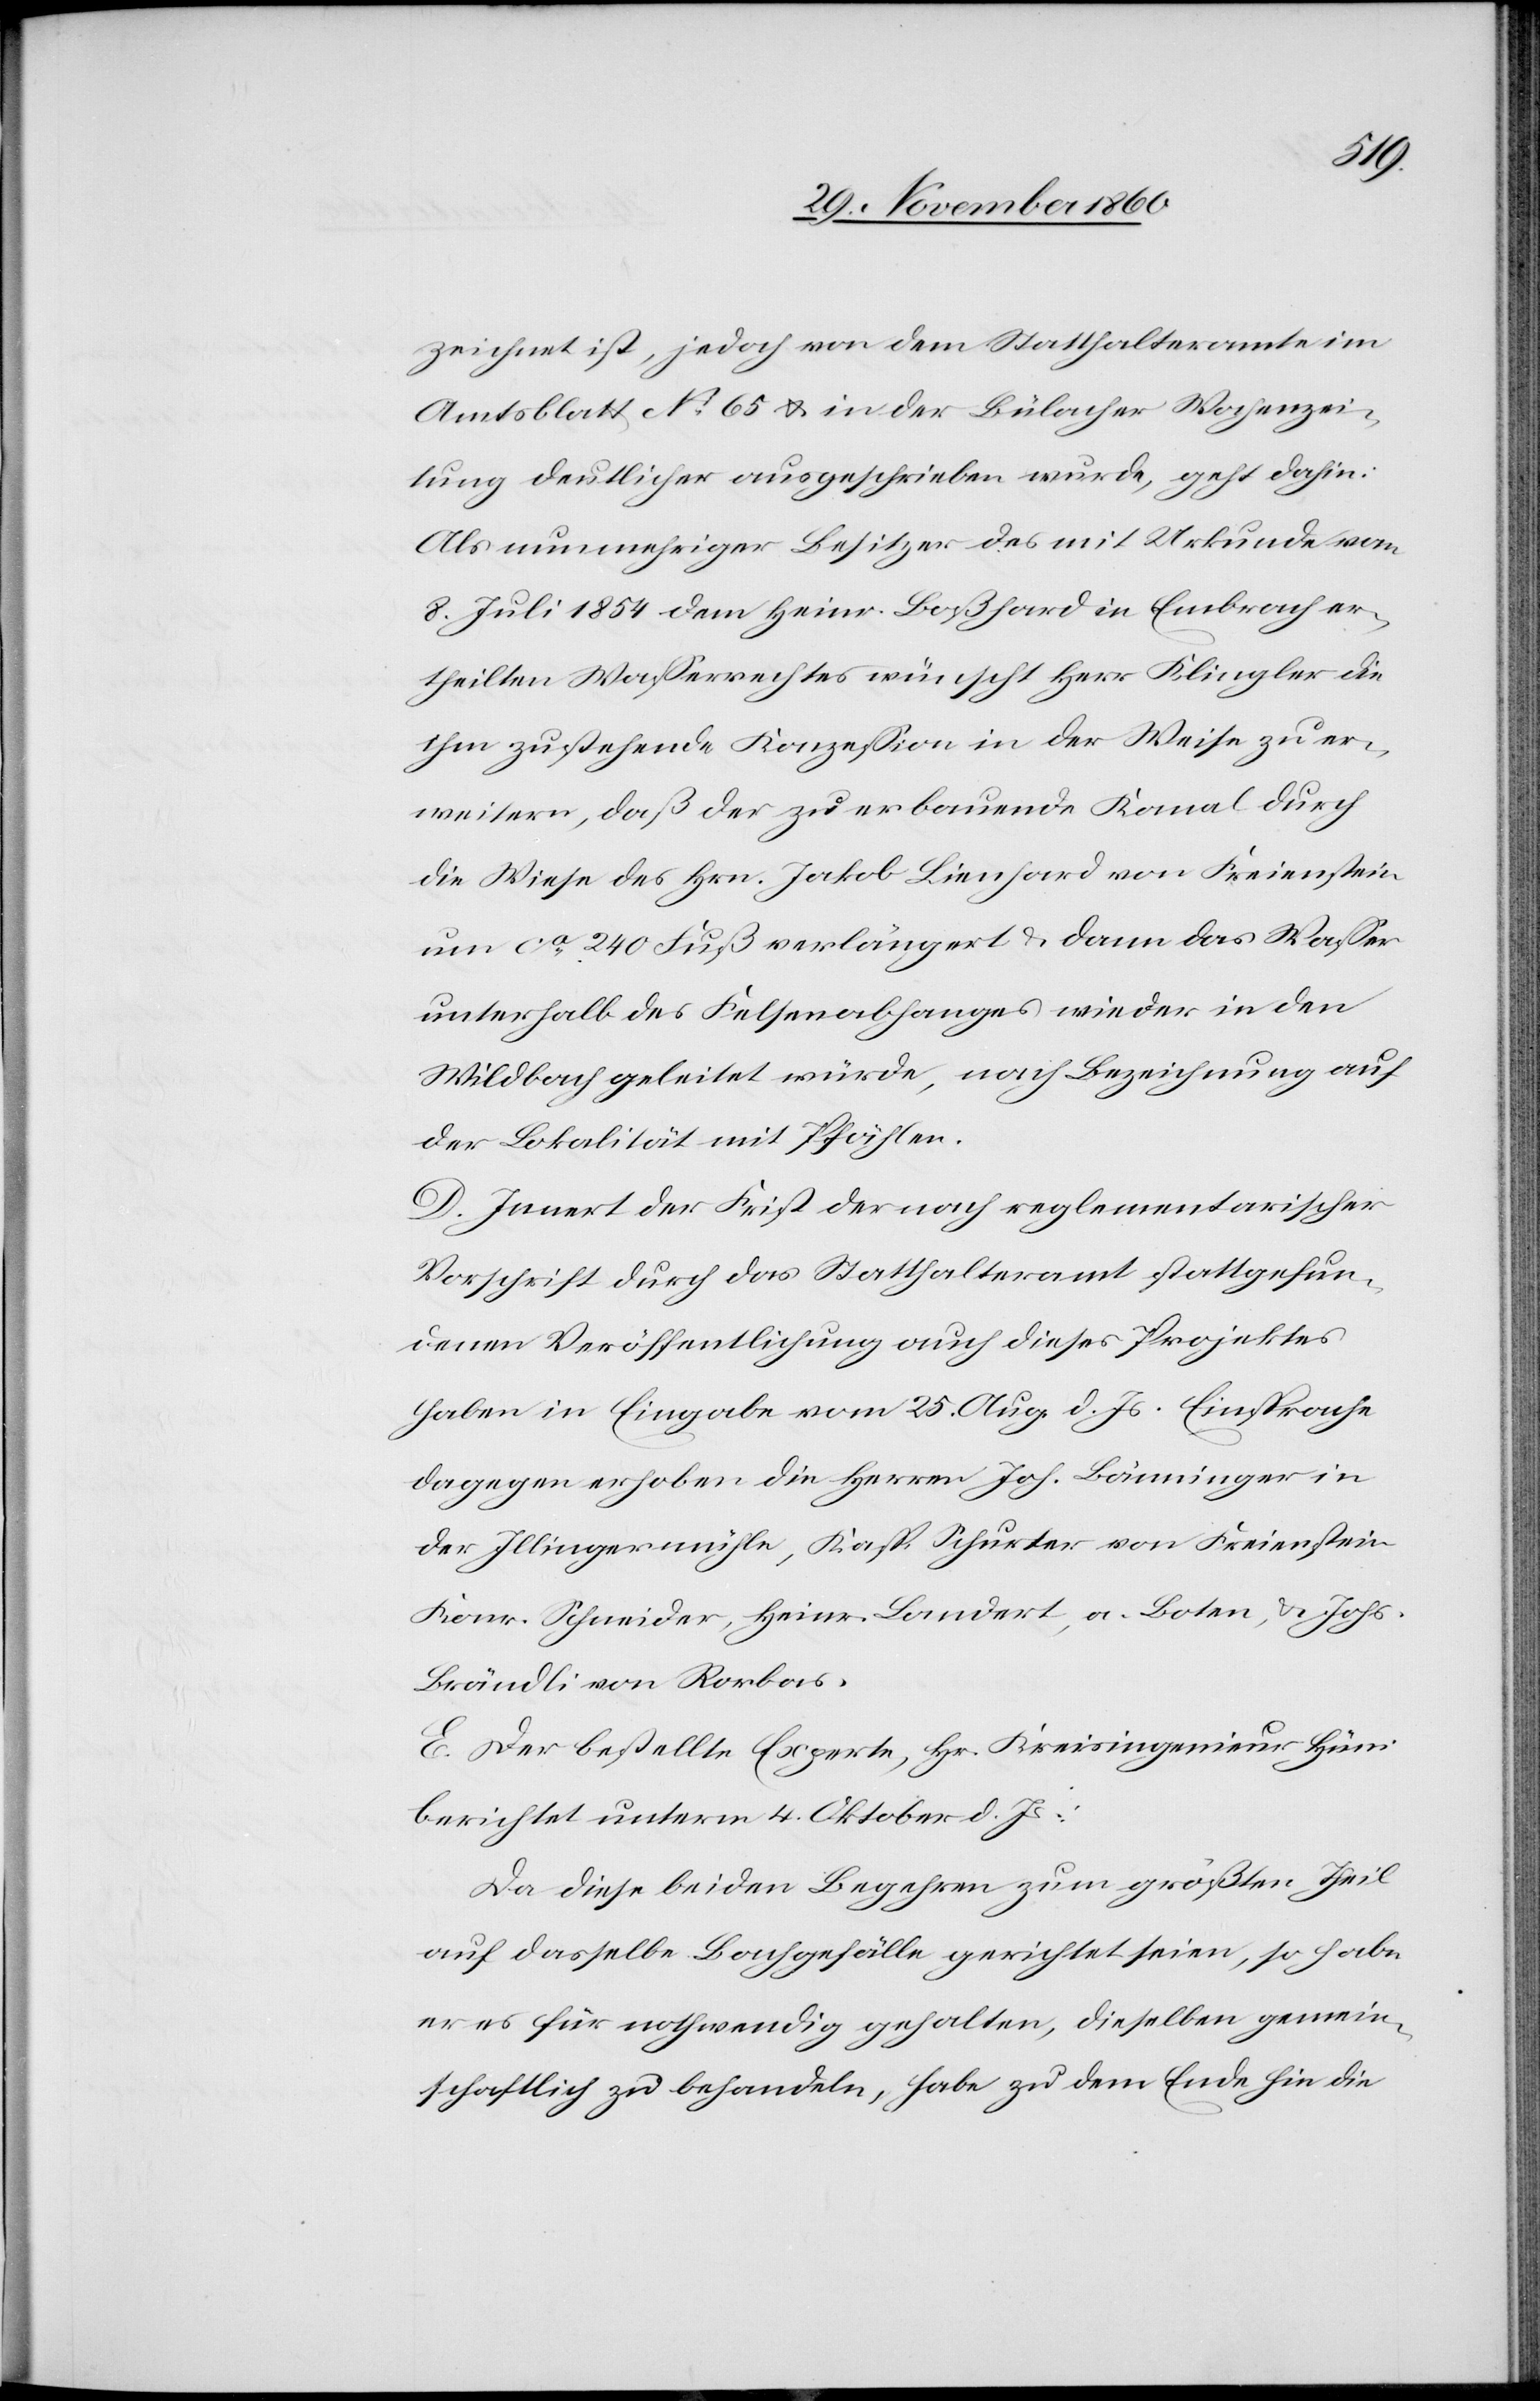
zeichnet ist, jedoch von dem Statthalteramte im
Amtsblatt No 65 u. in der Bülacher Wochenzei¬
tung deutlicher ausgeschrieben wurde, geht dahin:
Als nunmehriger Besitzer des mit Urkunde vom
8. Juli 1854 dem Heinr. Boßhard in Embrach er¬
theilten Wasserrechtes wünscht Herr Klingler die
ihm zustehende Konzession in der Weise zu er¬
weitern, daß der zu erbauende Kanal durch
die Wiese des Hrn. Jakob Lienhard von Freienstein
um ca 240 Fuß verlängert u. dann das Wasser
unterhalb des Felsenabhanges wieder in den
Wildbach geleitet würde, nach Bezeichnung auf
der Lokalität mit Pfählen.
C. Innert der Frist der nach reglementarischer
Vorschrift durch das Statthalteramt stattgefun¬
denen Veröffentlichung auch dieses Projektes
haben in Eingabe vom 25. Aug. d. Js. Einsprache
dagegen erhoben die Herren Joh. Bänninger in
der Illingermühle, Kasp. Schurter von Freienstein[,]
Konr. Schneider, Heinr. Landert, a. Boten, u. Johs.
Brändli von Rorbas.
E. Der bestellte Experte, Hr. Kreisingenieur Hüni
berichtet unterm 4. Oktober d. Js.:
Da diese beiden Begehren zum größten Theil
auf dasselbe Bachgefälle gerichtet seien, so habe
er es für nothwendig gehalten, dieselben gemein¬
schaftlich zu behandeln, habe zu dem Ende hin die